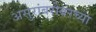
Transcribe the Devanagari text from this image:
असुरांबरोबरच्या